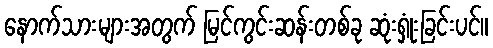
နောက်သားများအတွက် မြင်ကွင်းဆန်းတစ်ခု ဆုံးရှုံးခြင်းပင်။